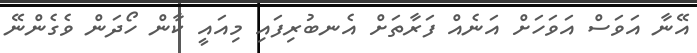
އޭނާ އަވަސް އަވަހަށް އަނެއް ފަރާތަށް އެނބުރިފައި މިއައީ ކާން ހޯދަން ވެގެންނޭ